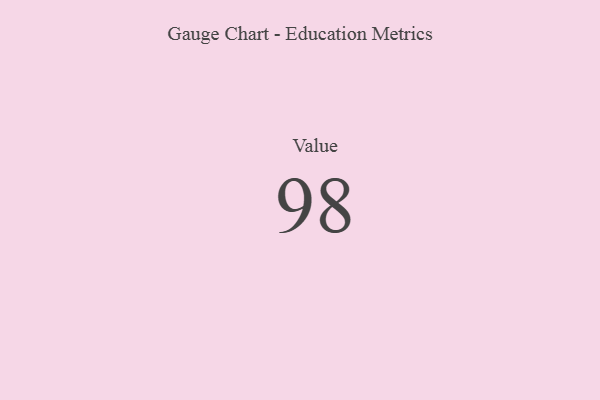
{"axis": {"x": "Metric", "y": "Value"}, "legend": [""], "data": [{"x": "Value", "y": 98, "type": ""}]}